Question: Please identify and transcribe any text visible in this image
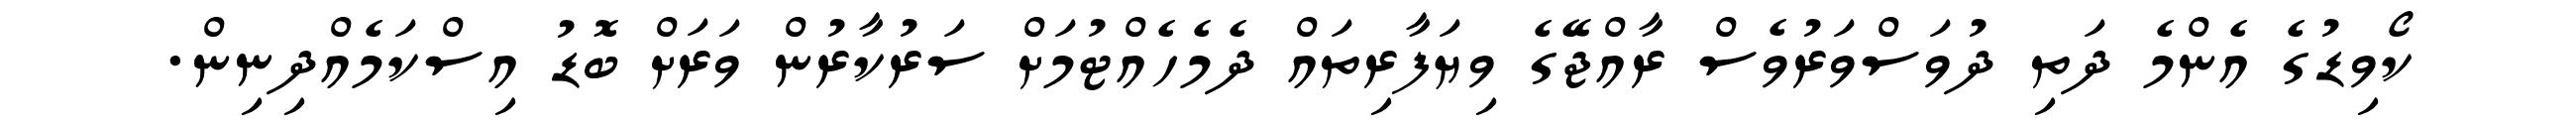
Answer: ކޯވިޑުގެ އެންމެ ދަތި ދުވަސްވަރުވެސް ރާއްޖޭގެ ވިޔަފާރިތައް ދެމެހެއްޓުމަށް ސަރުކާރުން ވަރަށް ބޮޑު އިސްކަމެއްދިނިން.